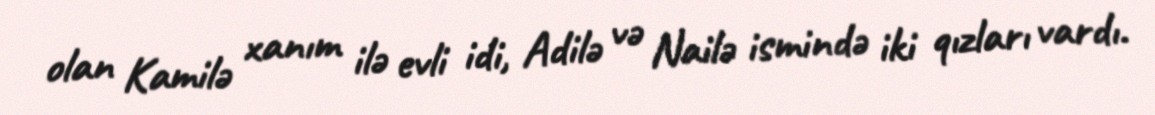
olan Kamilə xanım ilə evli idi, Adilə və Nailə ismində iki qızları vardı.